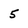
Character: 5